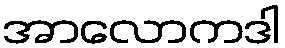
အာလောကဒါ